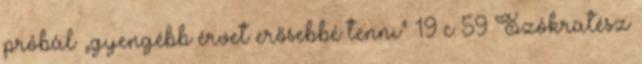
próbál „gyengébb érvet erősebbé tenni” 19 c 59 Szókratész